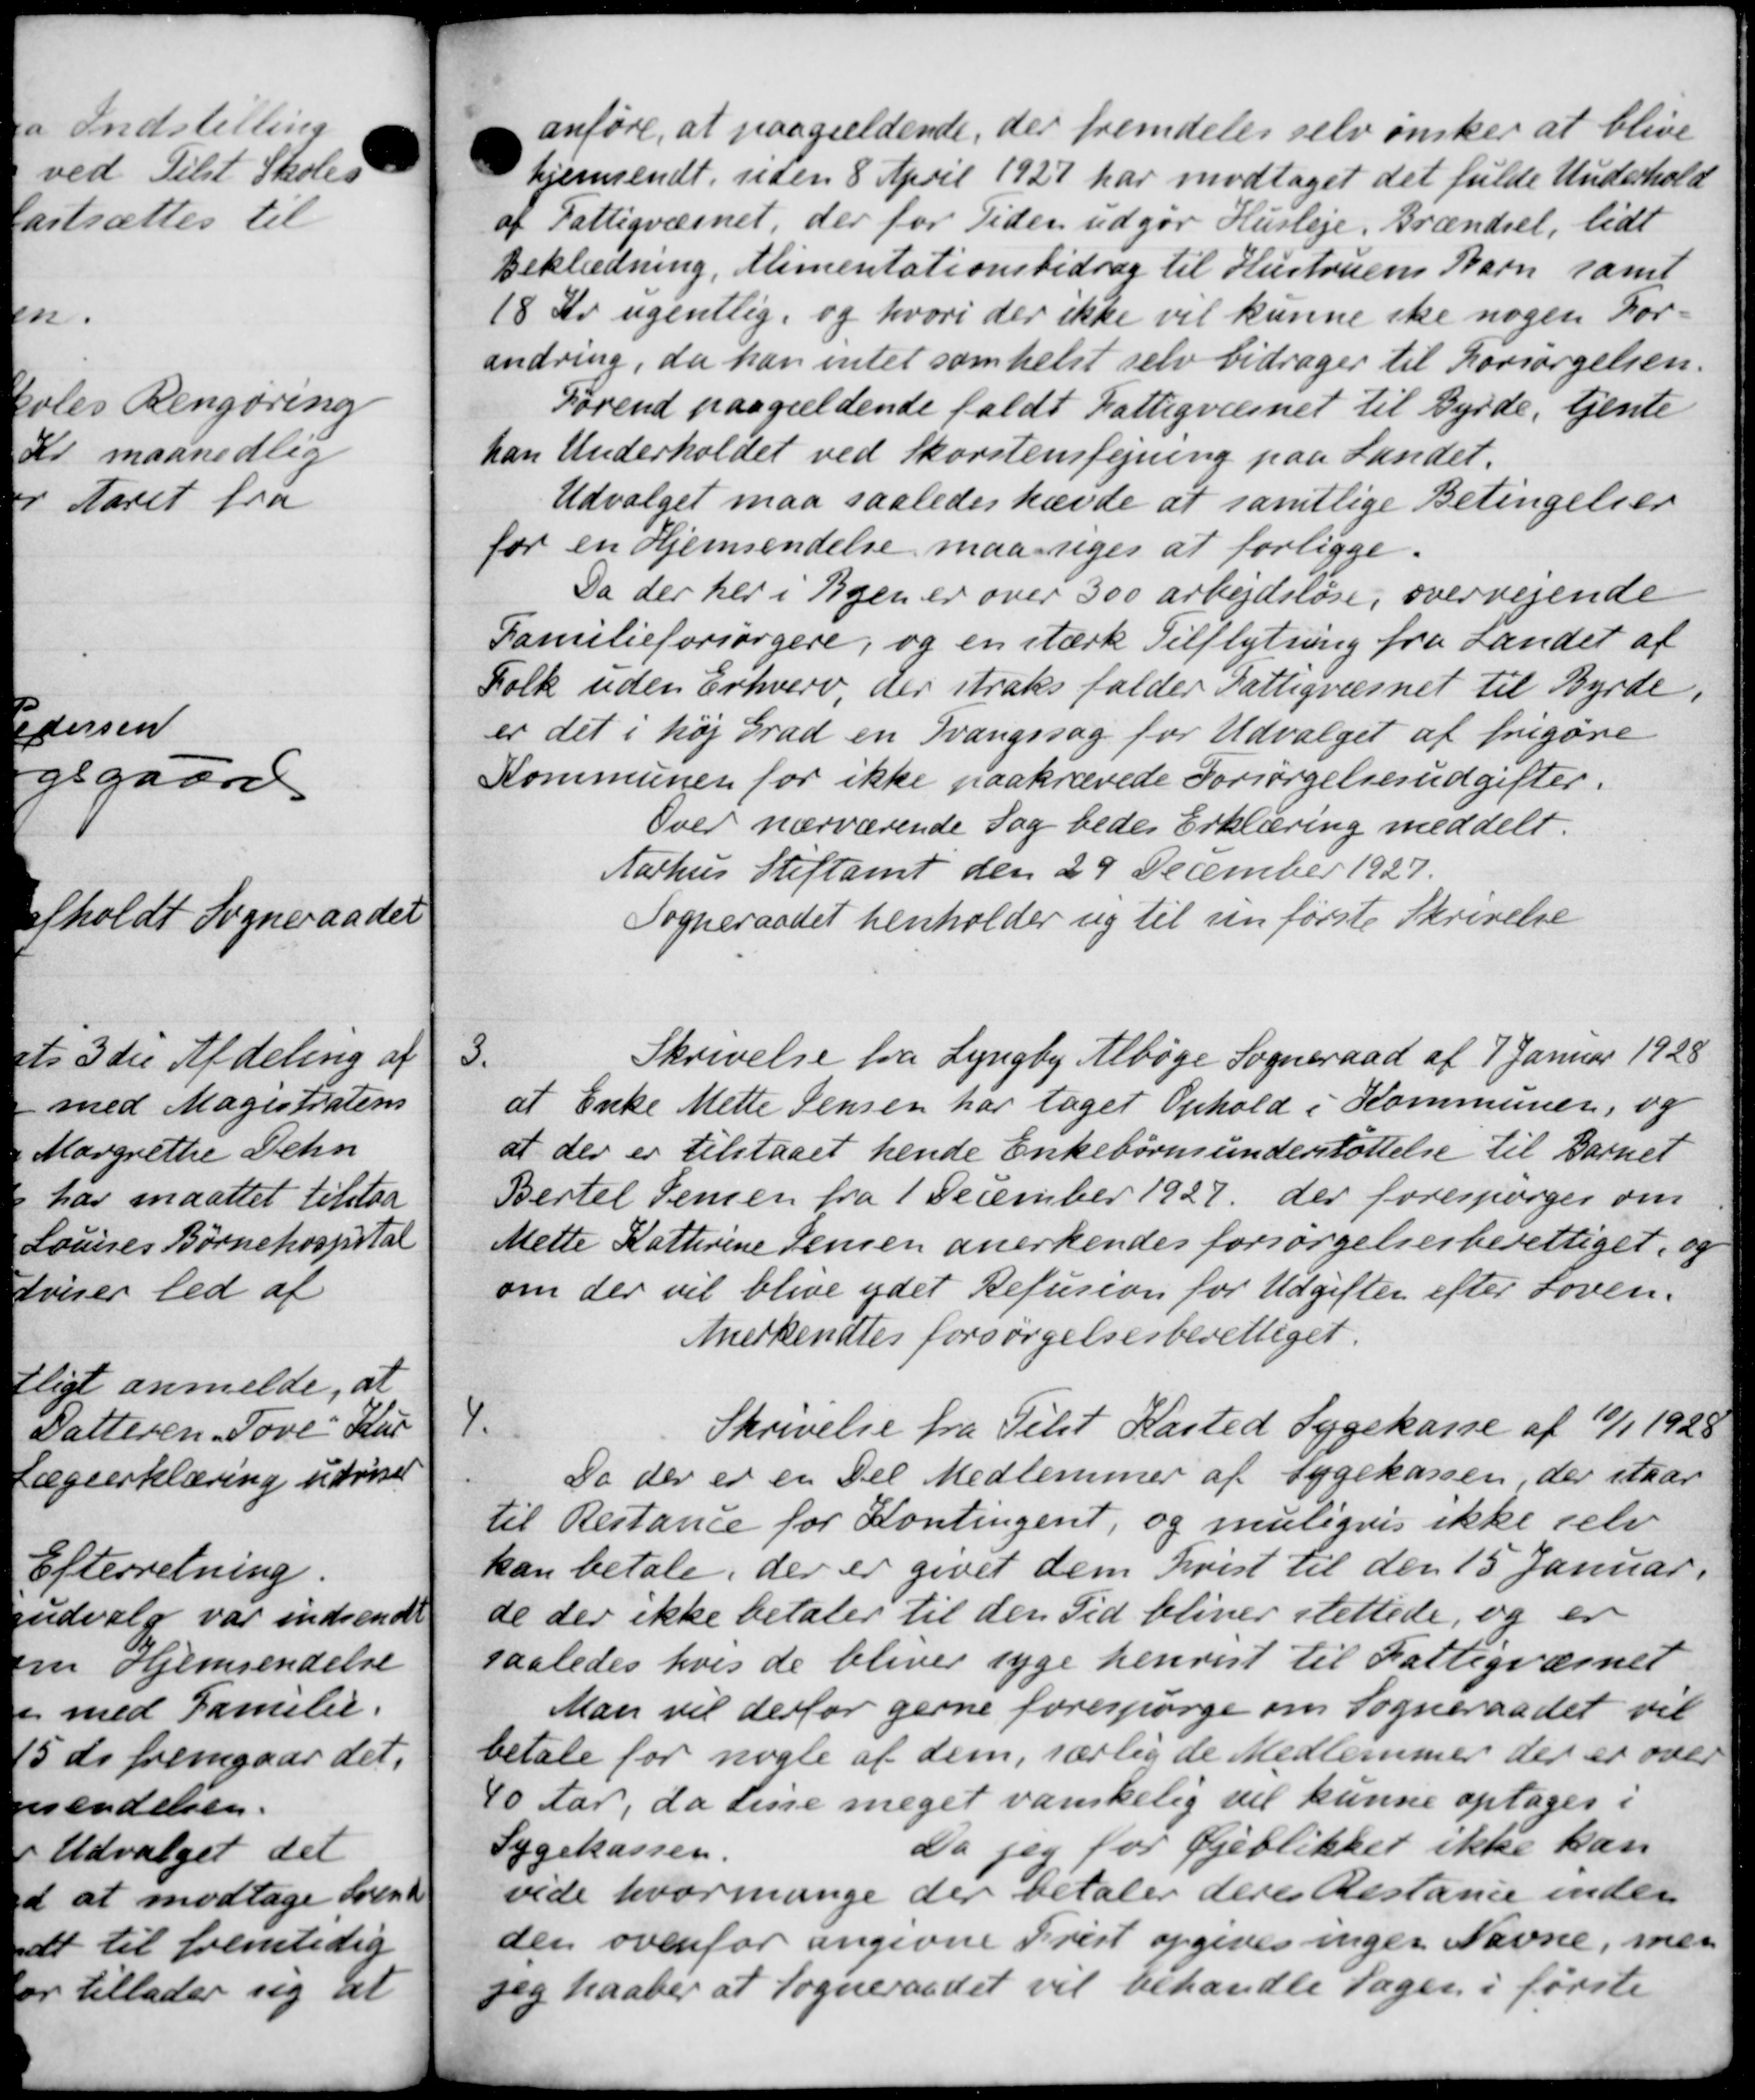
Transskription:
anføre, at paagældende, der fremdeles selv ønsker at blive
hjemsendt, uden 8 April 1927 har modtaget det fulde Underhold
af Fattigvæsnet, der for Tiden udgør Husleje. Brændsel, lidt
Beklædning, Alimentationsbidrag til Hustruens Barn samt
18 Kr. ugentlig, og hvori der ikke vil kunne ske nogen For-
andring, da han intet somhelst selv bidrager til Forsørgelsen.
Førend paagældende faldt Fattigvæsnet til Byrde, tjente
han Underholdet ved Skorstensfejning paa Landet.
Udvalget maa saaledes havde at samtlige Betingelser
for en Hjemsendelse maa liges at forligge.
Da der her i Byen er over 300 arbejdsløse, overvejende
Familieforsørgere, og en stærk Tilflytning fra Landet af
Folk uden Erhverv, der straks falder Fattigvæsnet til Byrde.
er det i høj Grad en Tvangssag for Udvalget af frigøre
Kommunen for ikke paakrævede Forsørgelsesudgifter.
Over nærværende Sag bedes Erklæring meddelt.
Aarhus Stiftamt den 29 December 1927.
Sogneraadet henholder sig til nu første Skrivelse
3
Skrivelse fra Lyngby Albøge Sogneraad af 7 Januar 1928
at Enke Mette Jensen har taget Ophold i Kommunen, og
at der er tilstaaet hende Enkebørnsunderstøttelse til Barnet
Bertel Jensen fra 1 December 1927, der forespørges om
Mette Katterine Jensen anerkendes forsørgelsesberettiget, og
om der vil blive ydet Refusion for Udgifter efter Loven.
Merkendtes forsørgelsesberettiget.
4.
Skrivelse fra Tilst Kasted Sygekasse af 10/1 1928
Da der er en Del Medlemmer af Sygekassen, der staar
til Restance for Kontingent, og muligvis ikke selv
kan betale, der er givet dem hvist til den 15 Januar.
de der ikke betaler til den Tid bliver slettede, og er
saaledes hvis de bliver syge henvist til Fattigvæsnet
Man vil derfor gerne forespørge om Sogneraadet vil
betale for nogle af dem, særlig de Medlemmer der er over
40 Aar, da disse meget vanskelig vil kunne optages i
Sygekassen.
Da jeg for Øjeblikket ikke kan
vide hvormange der betaler deres Restance inder
der ovenfor angivne Prest opgives ingen Navne, men
sig haaber at Sogneraadet vil behandle Sagen i første